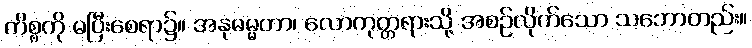
ကိစ္စကို မပြီးစေရာ၌။ အနုဓမ္မတာ၊ လောကုတ္တရားသို့ အစဉ်လိုက်သော သဘောတည်း။